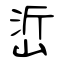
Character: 峾